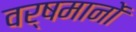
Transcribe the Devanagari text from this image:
वर्षमानों